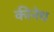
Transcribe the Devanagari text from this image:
कीनेथ